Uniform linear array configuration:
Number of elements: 4
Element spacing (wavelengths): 0.5
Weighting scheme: blackman
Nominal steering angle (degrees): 0
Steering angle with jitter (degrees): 0.4589
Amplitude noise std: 0.05
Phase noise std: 0.05

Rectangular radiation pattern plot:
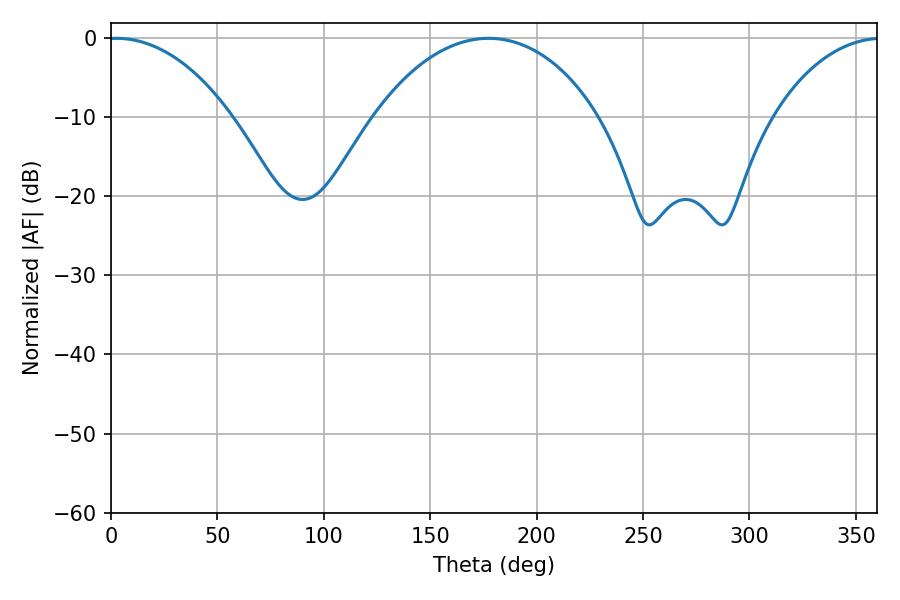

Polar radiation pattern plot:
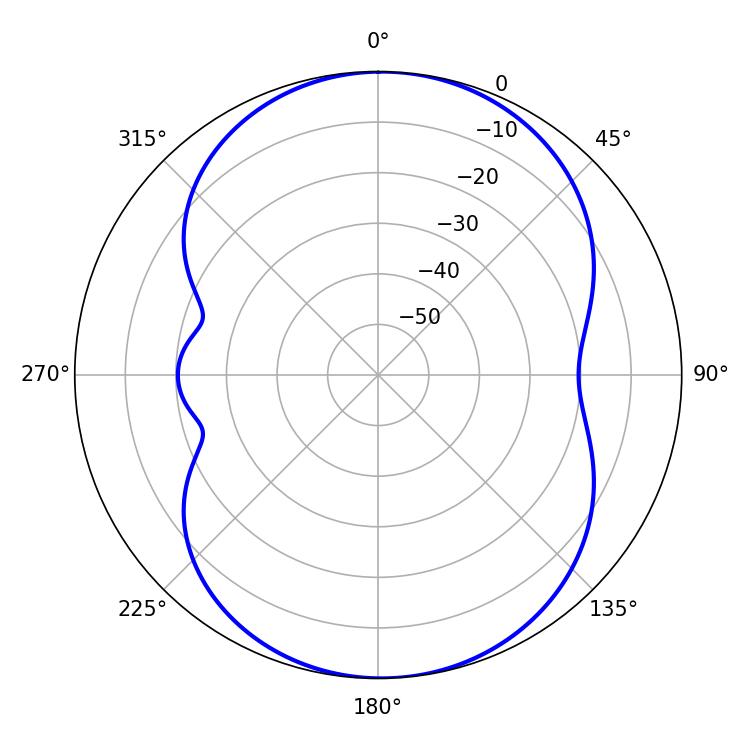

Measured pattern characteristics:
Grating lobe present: FALSE
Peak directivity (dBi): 12.11
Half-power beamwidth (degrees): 32.94
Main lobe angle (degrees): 2.52